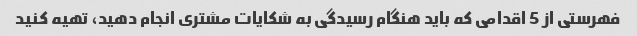
فهرستی از 5 اقدامی که باید هنگام رسیدگی به شکایات مشتری انجام دهید، تهیه کنید